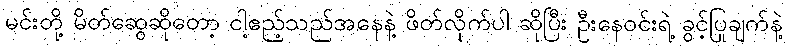
မင်းတို့ မိတ်ဆွေဆိုတော့ ငါ့ဧည့်သည်အနေနဲ့ ဖိတ်လိုက်ပါ ဆိုပြီး ဦးနေဝင်းရဲ့ ခွင့်ပြုချက်နဲ့